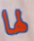
لها